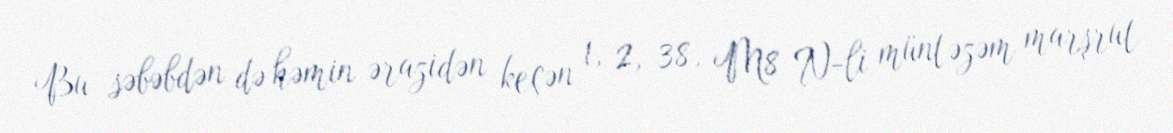
Bu səbəbdən də həmin ərazidən keçən 1, 2, 38, M8 N-li müntəzəm marşrut